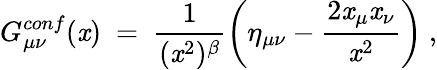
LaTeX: G_{\mu\nu}^{conf}(\mathit{x})~=~\frac{{1}}{{(\mathit{x}^{2})^{\beta}}}\left(\eta_{\mu\nu}-\frac{{2\mathit{x}_{\mu}\mathit{x}_{\nu}}}{{\mathit{x}^{2}}}\right)~,